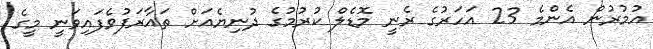
އުމުރުން އެންމެ 23 އަހަރުގެ ރެނީ މޮޑެލް ކުރުމުގެ ދުނިޔެއަށް ތައާރަފުވެފައިވަނީ މީގެ